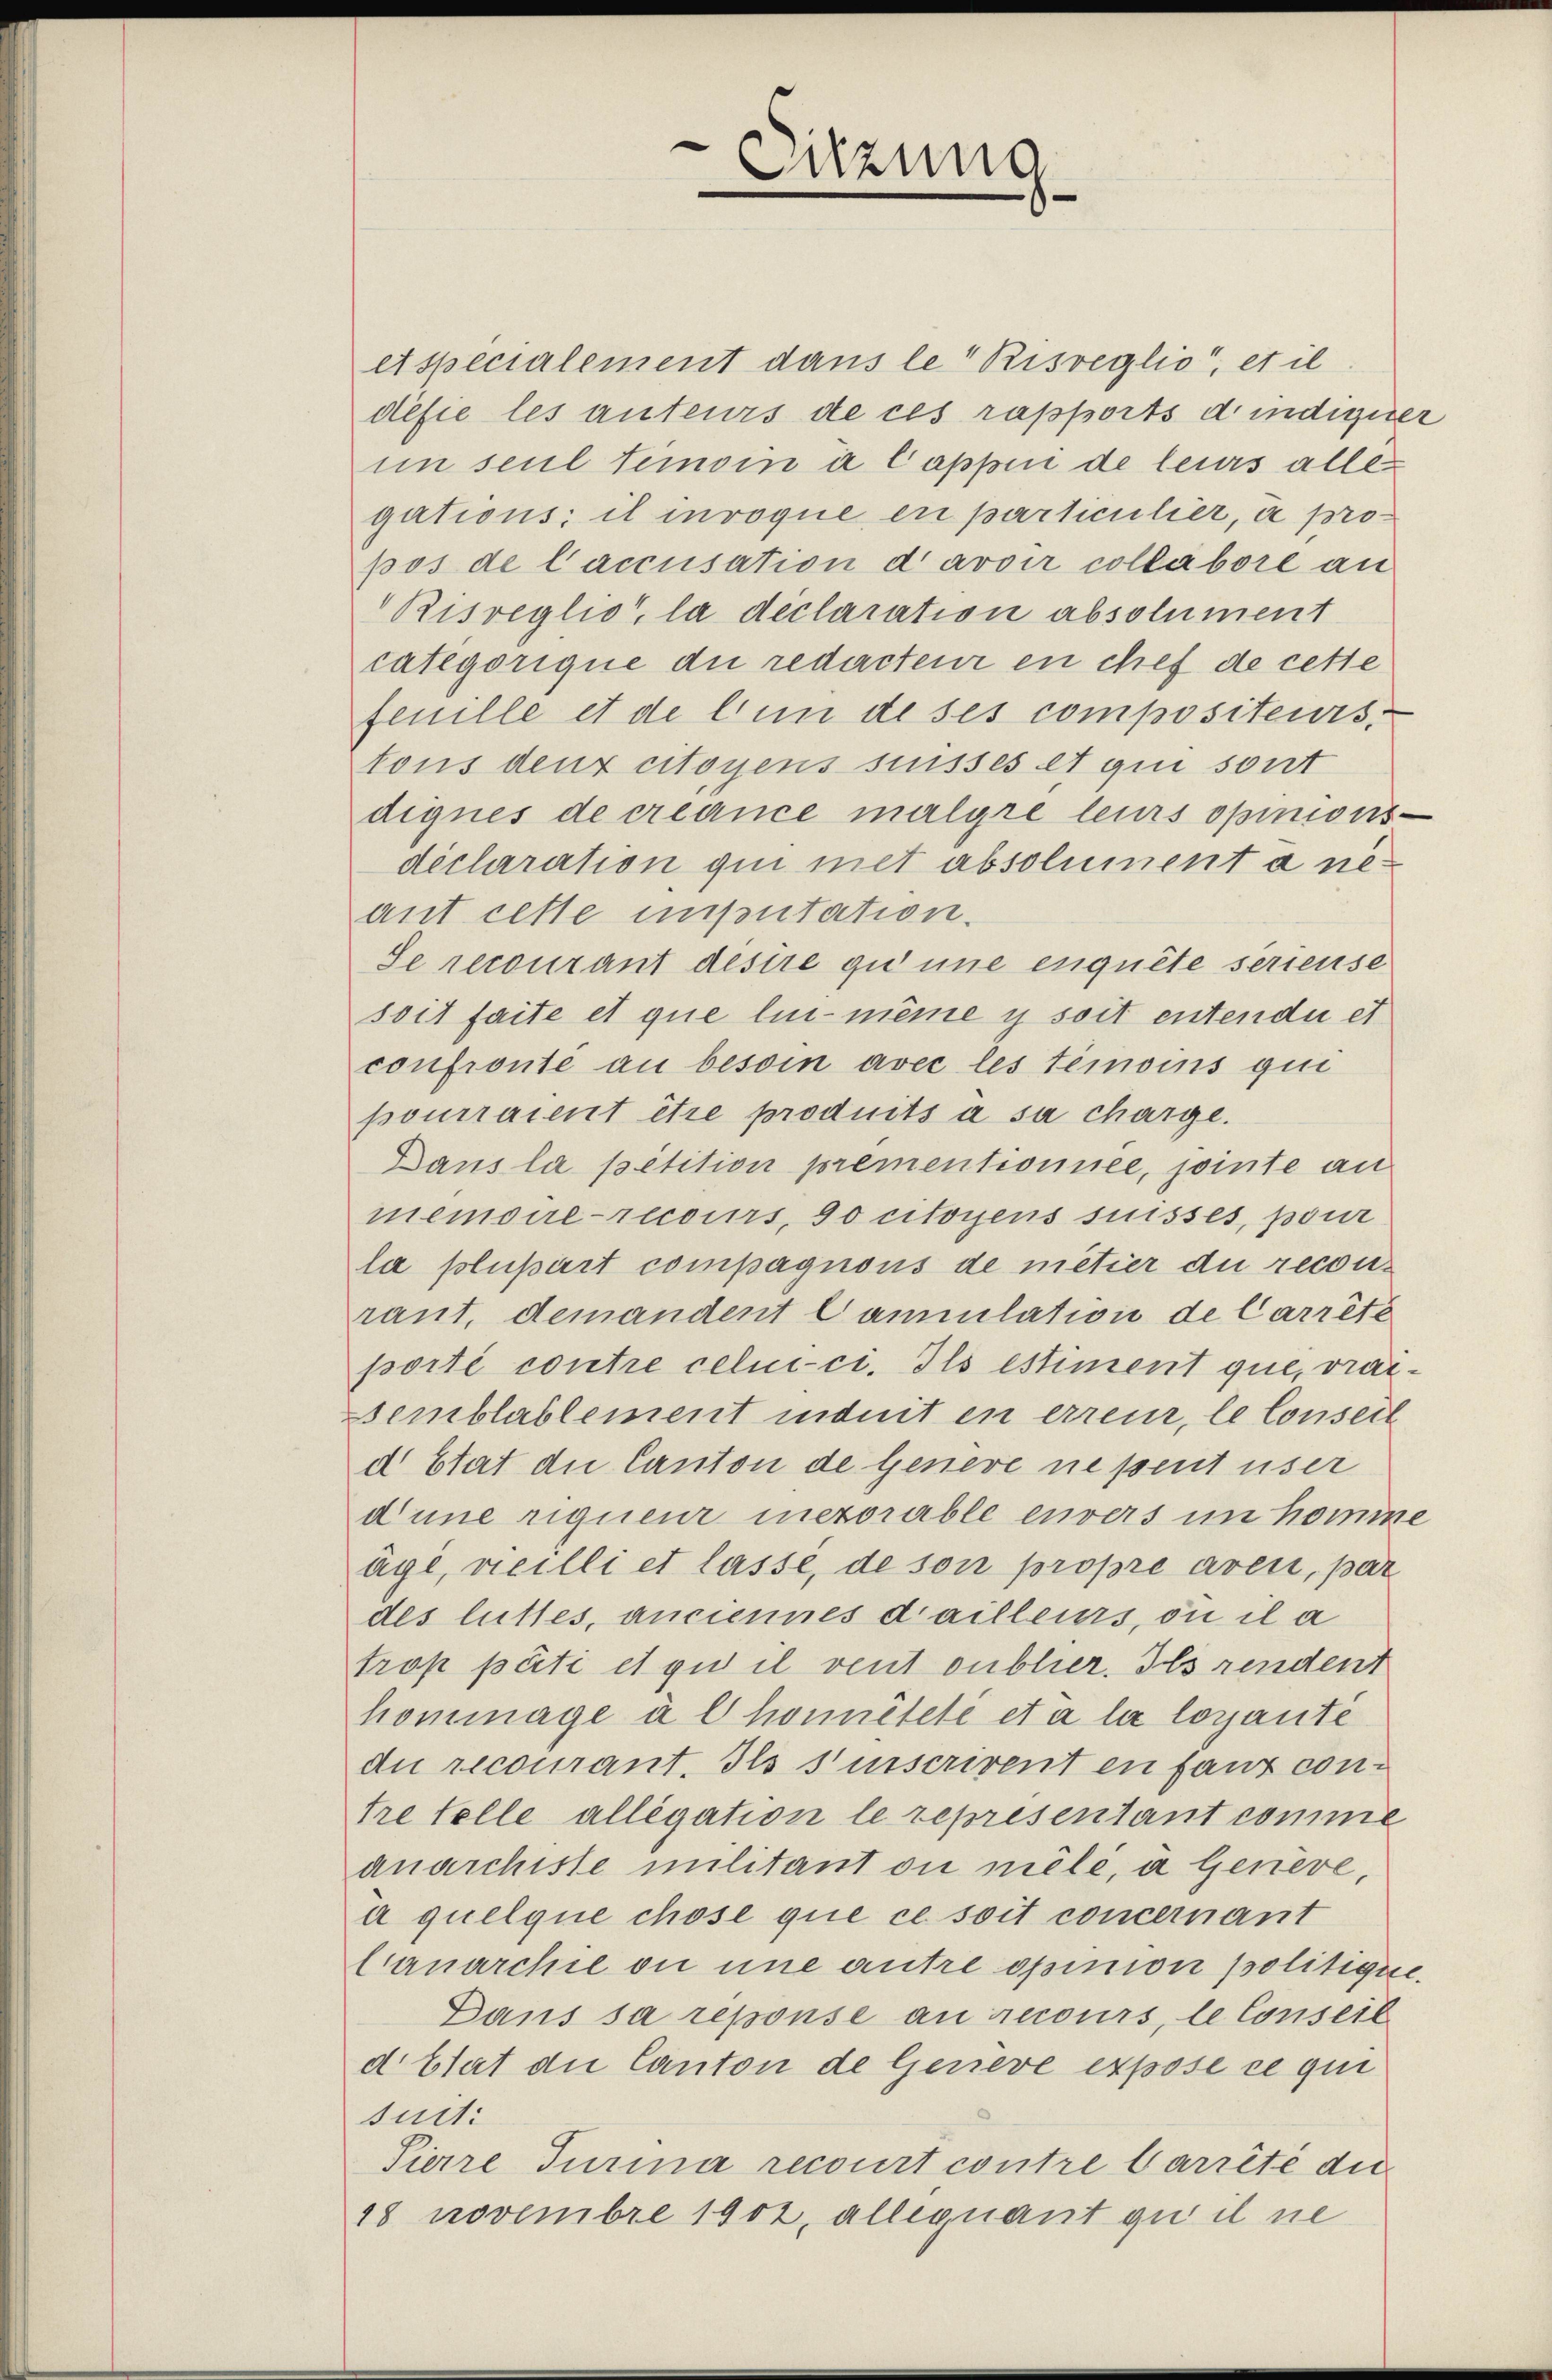
etspecialement dans le Risreglio, et il
desie les auteurs de ces rapports d’indiquer
im seul temnoin à Cappei de leurs alles
gations; il invoque en particulier, a propos de laccusation d’avoir collabore au
Bisreglio, la déclaration absolument
categorique du redacteur en chef de cette
feuille et de lun de ses compositeurs.
tons deux citoyens suisses et qui sont
dignes de créance malgre leurs opinionsdéclaration qui met absolument a neaut cette insutation.
Se recourant desire qu’une enquête seriense
soit faite et que lui-même i soit entender et
confronte au besoin avec les témoins qui
pourraient être produits à sa charge.
Dans la pétition prementionnée, jointe an
memoire recours, so citoyens suisses, pour
la plupart compagnons de métier du recouraut, demandent Camilation de Carrête
porté contre celui-ci. Ils estiment que, vrar¬
Bemblablement indet en erreur, le Conseil
d Etat die Canton de Genere ne peut über
dune rigueur mezorable envers im komme
äge, weilli et lasse, de son propre aven, par
des littes, anciennes dailleurs, ou il a
trop päti et qui il vent oubhier. Ils rendent
hommage à l honnêteté et a la loyante
du recourant. Ils s’inscrivent en fant con-
tre telle allegation le representant comme
anarchiste militant ou melé, a Genève,
à quelque chose que ce soit concernant
Cranarchie ou une antre opinion politique.
Dans sa reponse an recours, le Conseil
d Etat die Canton de Genere expose ce qui
suit:
Sierre Turina recourt contre Carrite die
18 Novembre 1902, alle quant qu’il ne

Sitzung